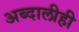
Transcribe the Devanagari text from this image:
अब्दालीही